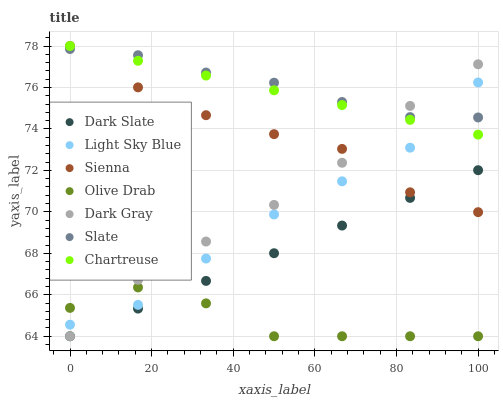
| xaxis_label | Dark Slate | Light Sky Blue | Sienna | Olive Drab | Dark Gray | Slate | Chartreuse |
 | --- | --- | --- | --- | --- | --- | --- | --- |
 | 0 | 64 | 64.6 | 78 | 65.4 | 64 | 77.9 | 78 |
 | 16.7 | 65.3 | 65.5 | 76 | 66.4 | 66.7 | 77.6 | 77.3 |
 | 33.3 | 66.7 | 67.7 | 74.7 | 65.6 | 68.6 | 76.7 | 76.6 |
 | 50 | 68 | 69.9 | 73.7 | 64 | 70.3 | 76.2 | 75.9 |
 | 66.7 | 69.3 | 71.5 | 73 | 64 | 72.4 | 75.3 | 75.2 |
 | 83.3 | 70.7 | 73.1 | 70.9 | 64 | 75.1 | 74.6 | 74.4 |
 | 100 | 72 | 76.2 | 70 | 64 | 77.1 | 74.6 | 73.7 |